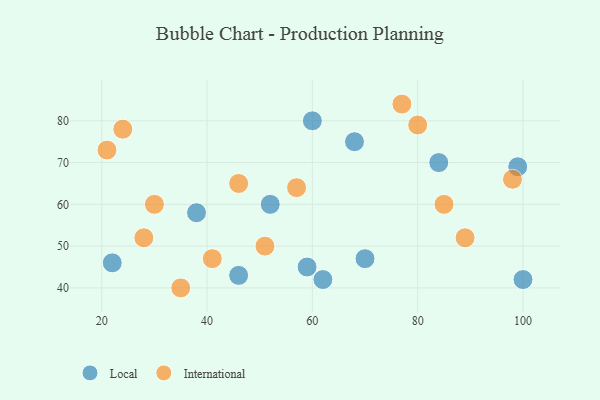
{"axis": {"x": "GDP", "y": "Life Expectancy"}, "legend": ["International", "Local"], "data": [{"x": "100", "y": 42, "type": "Local"}, {"x": "84", "y": 70, "type": "Local"}, {"x": "46", "y": 43, "type": "Local"}, {"x": "38", "y": 58, "type": "Local"}, {"x": "60", "y": 80, "type": "Local"}, {"x": "62", "y": 42, "type": "Local"}, {"x": "70", "y": 47, "type": "Local"}, {"x": "52", "y": 60, "type": "Local"}, {"x": "59", "y": 45, "type": "Local"}, {"x": "22", "y": 46, "type": "Local"}, {"x": "99", "y": 69, "type": "Local"}, {"x": "68", "y": 75, "type": "Local"}, {"x": "28", "y": 52, "type": "International"}, {"x": "21", "y": 73, "type": "International"}, {"x": "57", "y": 64, "type": "International"}, {"x": "80", "y": 79, "type": "International"}, {"x": "98", "y": 66, "type": "International"}, {"x": "46", "y": 65, "type": "International"}, {"x": "30", "y": 60, "type": "International"}, {"x": "77", "y": 84, "type": "International"}, {"x": "35", "y": 40, "type": "International"}, {"x": "41", "y": 47, "type": "International"}, {"x": "89", "y": 52, "type": "International"}, {"x": "24", "y": 78, "type": "International"}, {"x": "51", "y": 50, "type": "International"}, {"x": "85", "y": 60, "type": "International"}]}